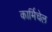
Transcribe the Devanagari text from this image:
कार्मिचेल